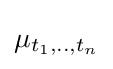
\mu _{t_{1},..,t_{n}}